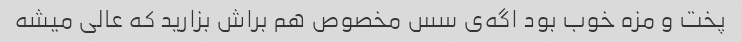
پخت و مزه خوب بود اگه‌ی سس مخصوص هم براش بزارید که عالی میشه